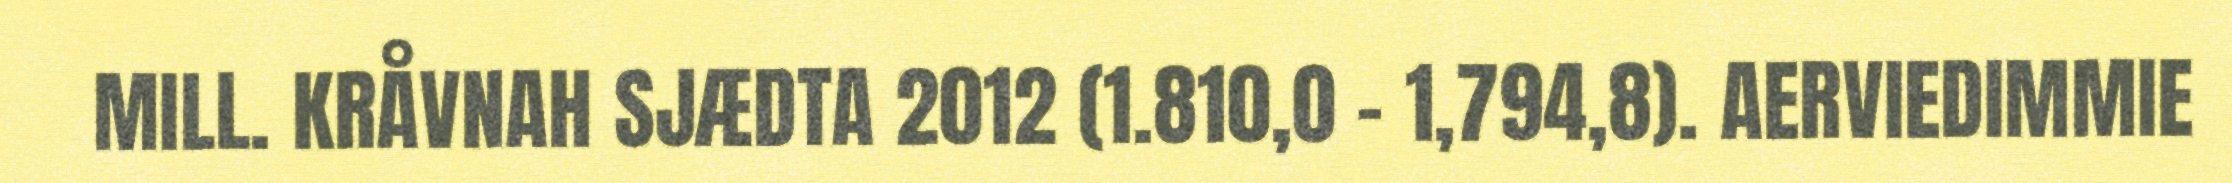
MILL. KRÅVNAH SJÆDTA 2012 (1.810,0 – 1,794,8). AERVIEDIMMIE